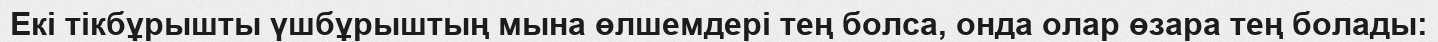
Екі тікбұрышты үшбұрыштың мына өлшемдері тең болса, онда олар өзара тең болады: